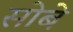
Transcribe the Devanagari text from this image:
सोबे